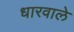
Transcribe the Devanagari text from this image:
धारवाले